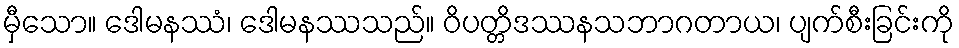
မှီသော။ ဒေါမနဿံ၊ ဒေါမနဿသည်။ ဝိပတ္တိဒဿနသဘာဂတာယ၊ ပျက်စီးခြင်းကို